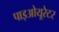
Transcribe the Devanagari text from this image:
पाइओयूरेटर